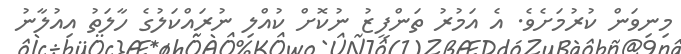
މިނިވަން ކުރުމަށެވެ. އެ އަމުރު ތަންފީޒު ނުކޮށް ކުއްލި ނުރައްކަލުގެ ހާލަތު އިއުލާނު